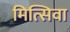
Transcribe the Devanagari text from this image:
मित्सिवा